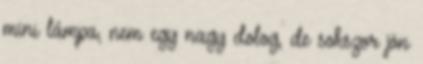
mini lámpa, nem egy nagy dolog, de sokszor jön